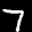
Label: 7